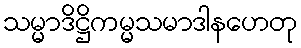
သမ္မာဒိဋ္ဌိကမ္မသမာဒါနဟေတု